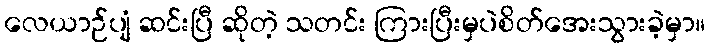
လေယာဉ်ပျံ ဆင်းပြီ ဆိုတဲ့ သတင်း ကြားပြီးမှပဲစိတ်အေးသွားခဲ့မှာ။